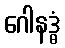
ဂေါနဒ္ဓံ